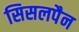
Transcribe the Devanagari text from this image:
सिसलपैन